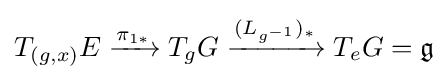
T_{(g,x)}E\xrightarrow {\pi _{1*}} T_{g}G\xrightarrow {(L_{g^{-1}})_{*}} T_{e}G={\mathfrak {g}}